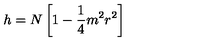
h = N \left[ 1 - \frac { 1 } { 4 } m ^ { 2 } r ^ { 2 } \right]